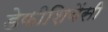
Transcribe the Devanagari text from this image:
डेफीशियेंसी